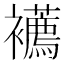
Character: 𧟆